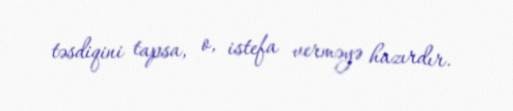
təsdiqini tapsa, o, istefa verməyə hazırdır.